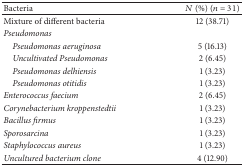
| Bacteria | N (%) (n = 31) |
 | --- | --- |
 | Mixture of different bacteria | 12 (38.71) |
 | Pseudomonas |  |
 | Pseudomonas aeruginosa | 5 (16.13) |
 | Uncultivated Pseudomonas | 2 (6.45) |
 | Pseudomonas delhiensis | 1 (3.23) |
 | Pseudomonas otitidis | 1 (3.23) |
 | Enterococcus faecium | 2 (6.45) |
 | Corynebacterium kroppenstedtii | 1 (3.23) |
 | Bacillus firmus | 1 (3.23) |
 | Sporosarcina | 1 (3.23) |
 | Staphylococcus aureus | 1 (3.23) |
 | Uncultured bacterium clone | 4 (12.90) |